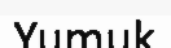
Yumuk